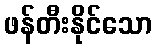
ဖန်တီးနိုင်သော